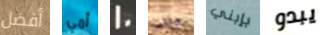
أفضل أمي 20 مللت بإبني يبدو